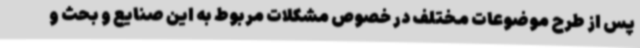
پس از طرح موضوعات مختلف در خصوص مشکلات مربوط به این صنایع و بحث و